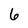
Character: 6